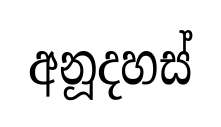
අනූදහස්